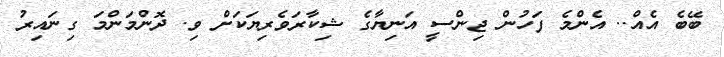
ބޭބެ އެއް.. އެންމެ ފަހުން ޖިންސީ އަނިޔާގެ ޝިކާރަވެރިޔަކަށް ވި. ދޮންމަންމަ ގިނައިރު